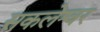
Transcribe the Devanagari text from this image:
सकलेश्वर